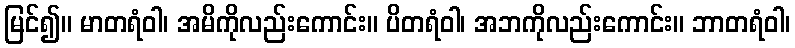
မြင်၍။ မာတရံဝါ၊ အမိကိုလည်းကောင်း။ ပိတရံဝါ၊ အဘကိုလည်းကောင်း။ ဘာတရံဝါ၊